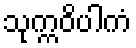
သုက္ကဝိပါကံ